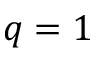
q = 1